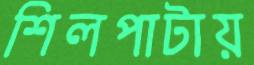
শিলপাটায়